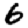
Digit: 6